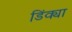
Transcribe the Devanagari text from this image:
डिंक्या